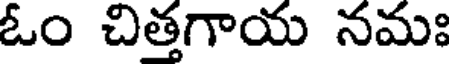
ఓం చిత్తగాయ నమః